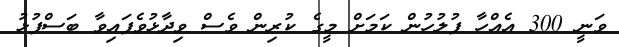
ވަނީ 300 އެއްހާ ފުލުހުން ކަމަށް މީގެ ކުރިން ވެސް ވިދާޅުވެފައިވާ ބަސްފުޅު